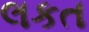
લકત